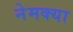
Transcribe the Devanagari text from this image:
नेमक्‍या